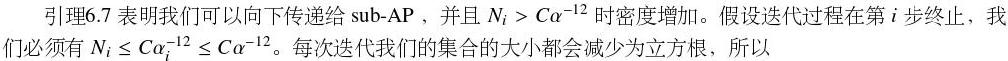
引理6.7 表明我们可以向下传递给 sub - AP，并且 $N_i > C\alpha^{-12}$ 时密度增加。假设迭代过程在第 $i$ 步终止，我们必须有 $N_i \leq C\alpha_i^{-12} \leq C\alpha^{-12}$。每次迭代我们的集合的大小都会减少为立方根，所以